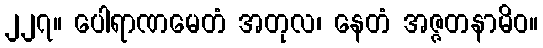
၂၂၇။ ပေါရာဏမေတံ အတုလ၊ နေတံ အဇ္ဇတနာမိဝ။